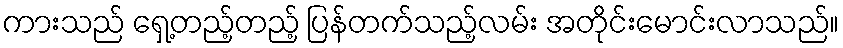
ကားသည် ရှေ့တည့်တည့် ပြန်တက်သည့်လမ်း အတိုင်းမောင်းလာသည်။